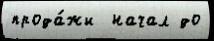
прода́жи  начал до